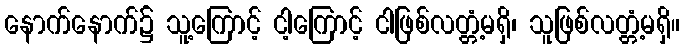
နောက်နောက်၌ သူ့ကြောင့် ငါ့ကြောင့် ငါဖြစ်လတ္တံ့မရှိ၊ သူဖြစ်လတ္တံ့မရှိ။